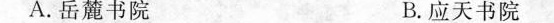
.岳麓书院 B.应天书院